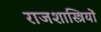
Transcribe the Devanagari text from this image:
राजशास्त्रियों